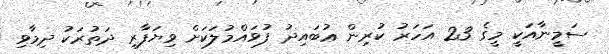
ސަމީނާއަކީ މީގެ 23 އަހަރު ކުރިން ޢުބައިދު ފުވައްމުލަކަށް ވިޔަފާރި ދަތުރަކު ދިމާވި